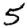
Digit: 5